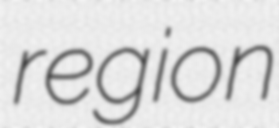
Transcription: region